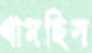
থামছিস